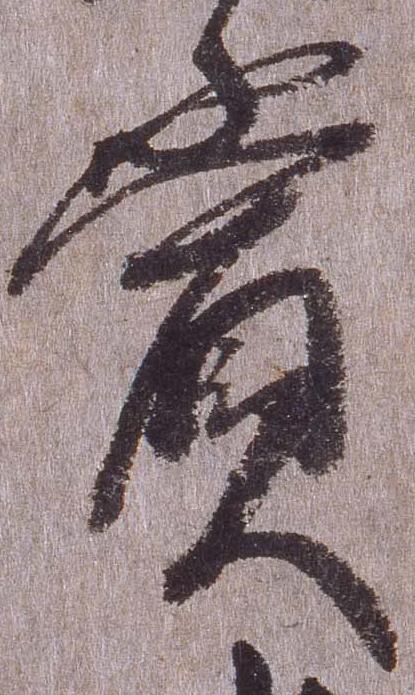
賞